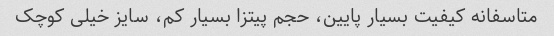
متاسفانه کیفیت بسیار پایین، حجم پیتزا بسیار کم، سایز خیلی کوچک